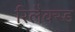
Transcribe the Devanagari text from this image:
रिलैक्स्ड